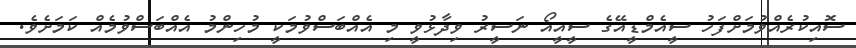
ސޮއިކުރެއްވުމަށްފަހު ސީއެމްޑީއޭގެ ސީއީއޯ ނަސީރު ވިދާޅުވީ މި އެއްބަސްވުމަކީ މުހިންމު އެއްބަސްވުމެއް ކަމަށެވެ.